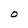
Character: O